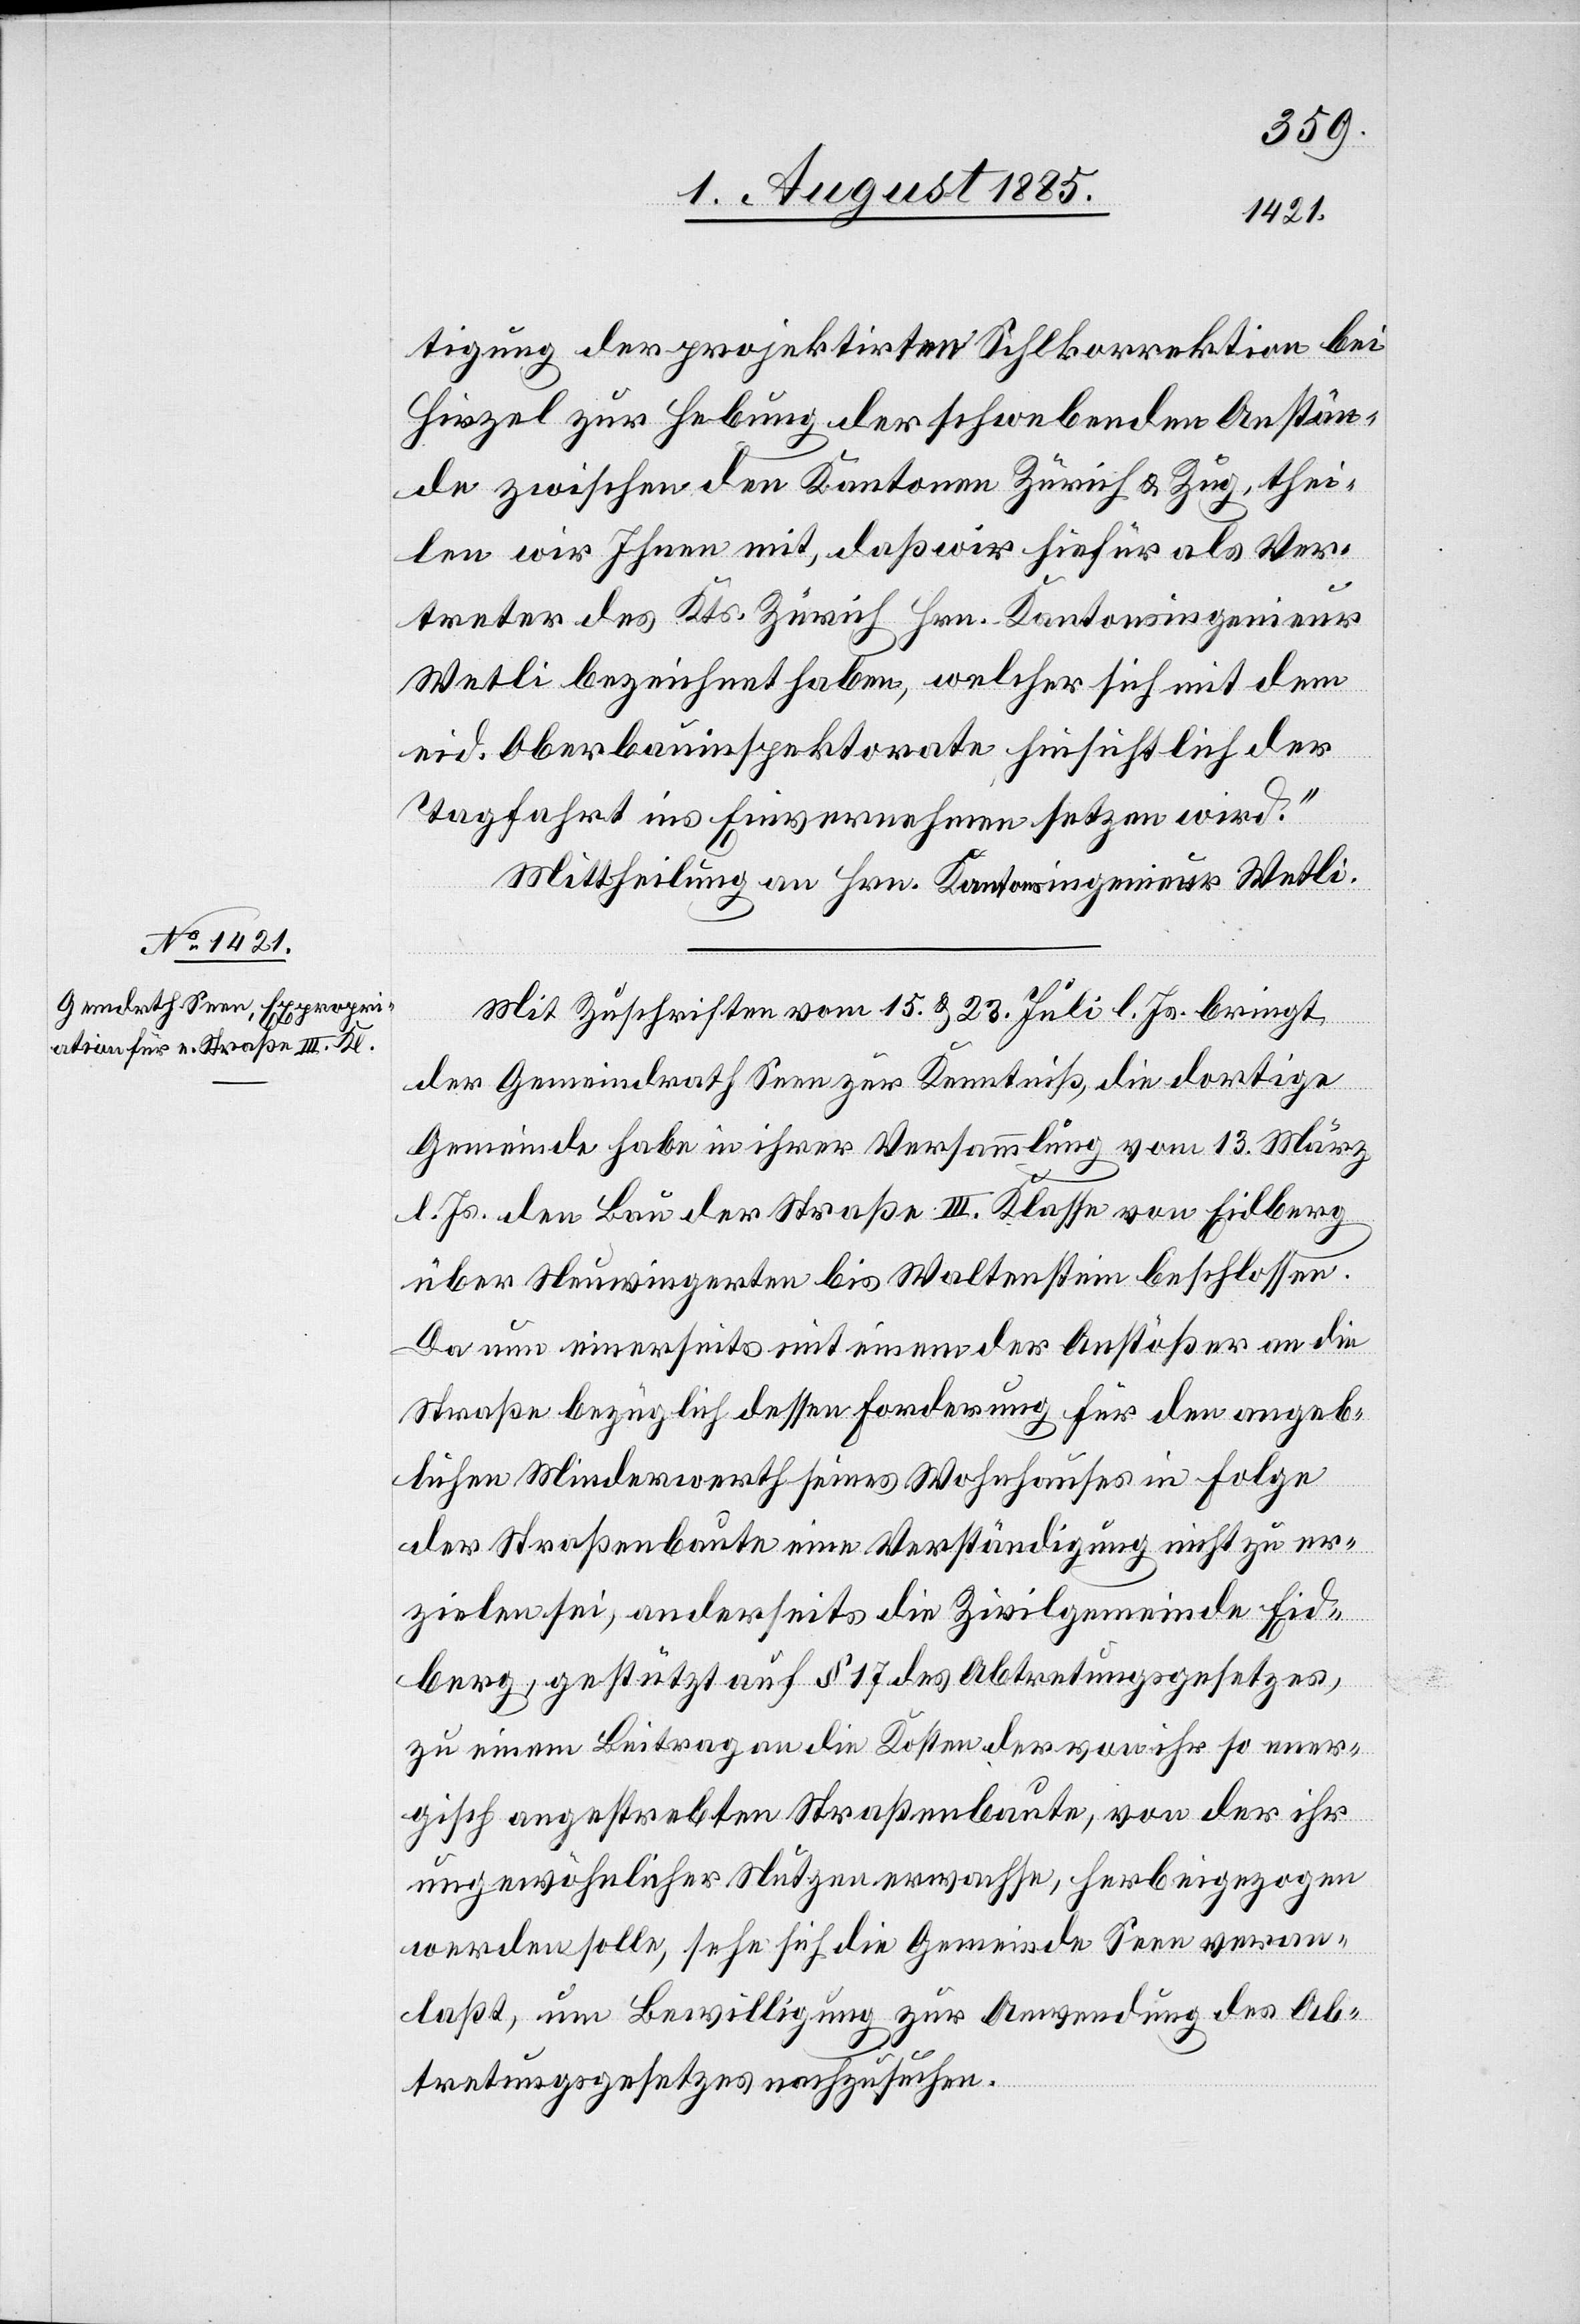
tigung der projektirten Sihlkorrektion bei
Hirzel zur Hebung der schwebenden Anstän¬
de zwischen den Kantonen Zürich & Zug, thei¬
len wir Ihnen mit, daß wir hiefür als Ver¬
treter des Kts. Zürich Hrn. Kantonsingenieur
Wetli bezeichnet haben, welcher sich mit dem
eid. Oberbauinspektorate hinsichtlich der
Tagfahrt ins Einvernehmen setzen wird.“
Mittheilung an Hrn. Kantonsingenieur Wetli.
Mit Zuschrift vom 15. & 23. Juli l. Js. bringt
der Gemeindrath Seen zur Kenntniß, die dortige
Gemeinde habe in ihrer Versammlung vom 13. März
l. Js. den Bau der Straße III. Klasse von Eidberg
über Neuwingerten bis Waltenstein beschlossen.
Da nun einerseits mit einem der Anstößer an die
Straße bezüglich dessen Forderung für den angeb¬
lichen Minderwerth seines Wohnhauses in Folge
der Straßenbaute eine Verständigung nicht zu er¬
zielen sei, anderseits die Zivilgemeinde Eid¬
berg, gestützt auf § 17 des Abtretungsgesetzes,
zu einem Beitrag an die Kosten der von ihr so ener¬
gisch angestrebten Straßenbaute, von der ihr
ungewöhnlicher Nutzen erwachse, herbeigezogen
werden solle, sehe sich die Gemeinde Seen veran¬
laßt, um Bewilligung zur Anwendung des Ab¬
tretungsgesetzes nachzusuchen.